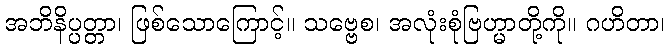
အဘိနိပ္ပတ္တာ၊ ဖြစ်သောကြောင့်။ သဗ္ဗေစ၊ အလုံးစုံဗြဟ္မာတို့ကို။ ဂဟိတာ၊